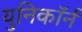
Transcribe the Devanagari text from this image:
युनिकॉर्न